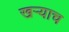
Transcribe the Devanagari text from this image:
खऱ्याच